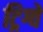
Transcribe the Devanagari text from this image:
ट्रिग्वे